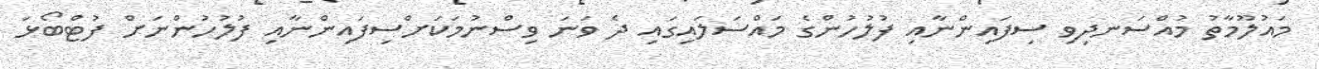
މައުލޫމާތު މުއްސަނދިވި ސިފައިންނާއި ފުލުހުުންގެ މައްސަލައިގައި ދެ ވަނަ ވިސްނުމަކަށްސިފައިންނާއި ފުލުހުންނަށް ފުޓްބޯޅަ